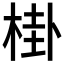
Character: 𱣧